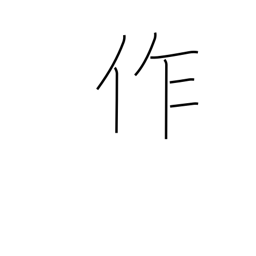
Meaning: make